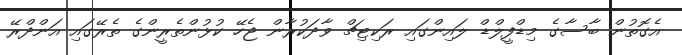
އެގޮތުން ބާސާގެ މިޑްފީލްޑް ލައިންގައި ރަކިޓިޗް ވާދަކުރާން ޖެހޭ ކުޅުންތެރީންގެ ތެރޭގައި އަންދްރޭ